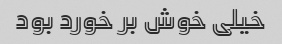
خیلی خوش بر خورد بود